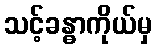
သင့်ခန္ဓာကိုယ်မှ